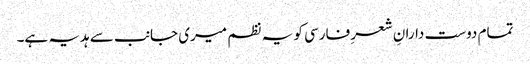
تمام دوست دارانِ شعرِ فارسی کو یہ نظم میری جانب سے ہدیہ ہے۔